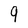
Character: 9